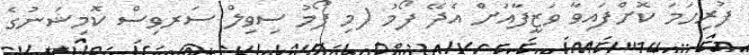
ފުރިހަމަ ކޮށްފައިވާ ވަޒީފާއަށް އެދޭ ފޯމު (މި ފޯމު ސިވިލް ސަރވިސް ކޮމިޝަނުގެ